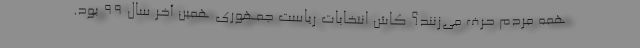
همه مردم حرف می‌زنند؟ کاش انتخابات ریاست جمهوری همین آخر سال 99 بود.